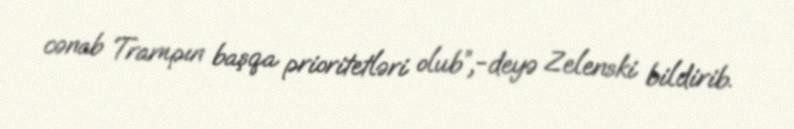
cənab Trampın başqa prioritetləri olub”,-deyə Zelenski bildirib.